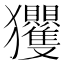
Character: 𭸴